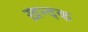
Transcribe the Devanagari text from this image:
ख़न्दक